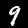
Label: 9